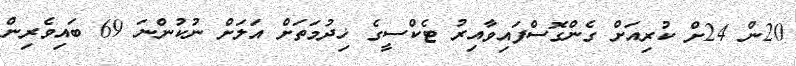
20ން 24ށް ކުރިއަށް ގެންގޮސްފައިވާއިރު ޓެކްސީގެ ޚިދުމަތަށް އަލަށް ނުކުންނަ 69 ބައިވެރިން